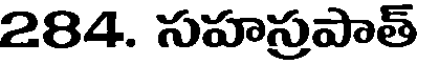
284. సహస్రపాత్